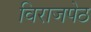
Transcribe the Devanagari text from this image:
विराजपेठ